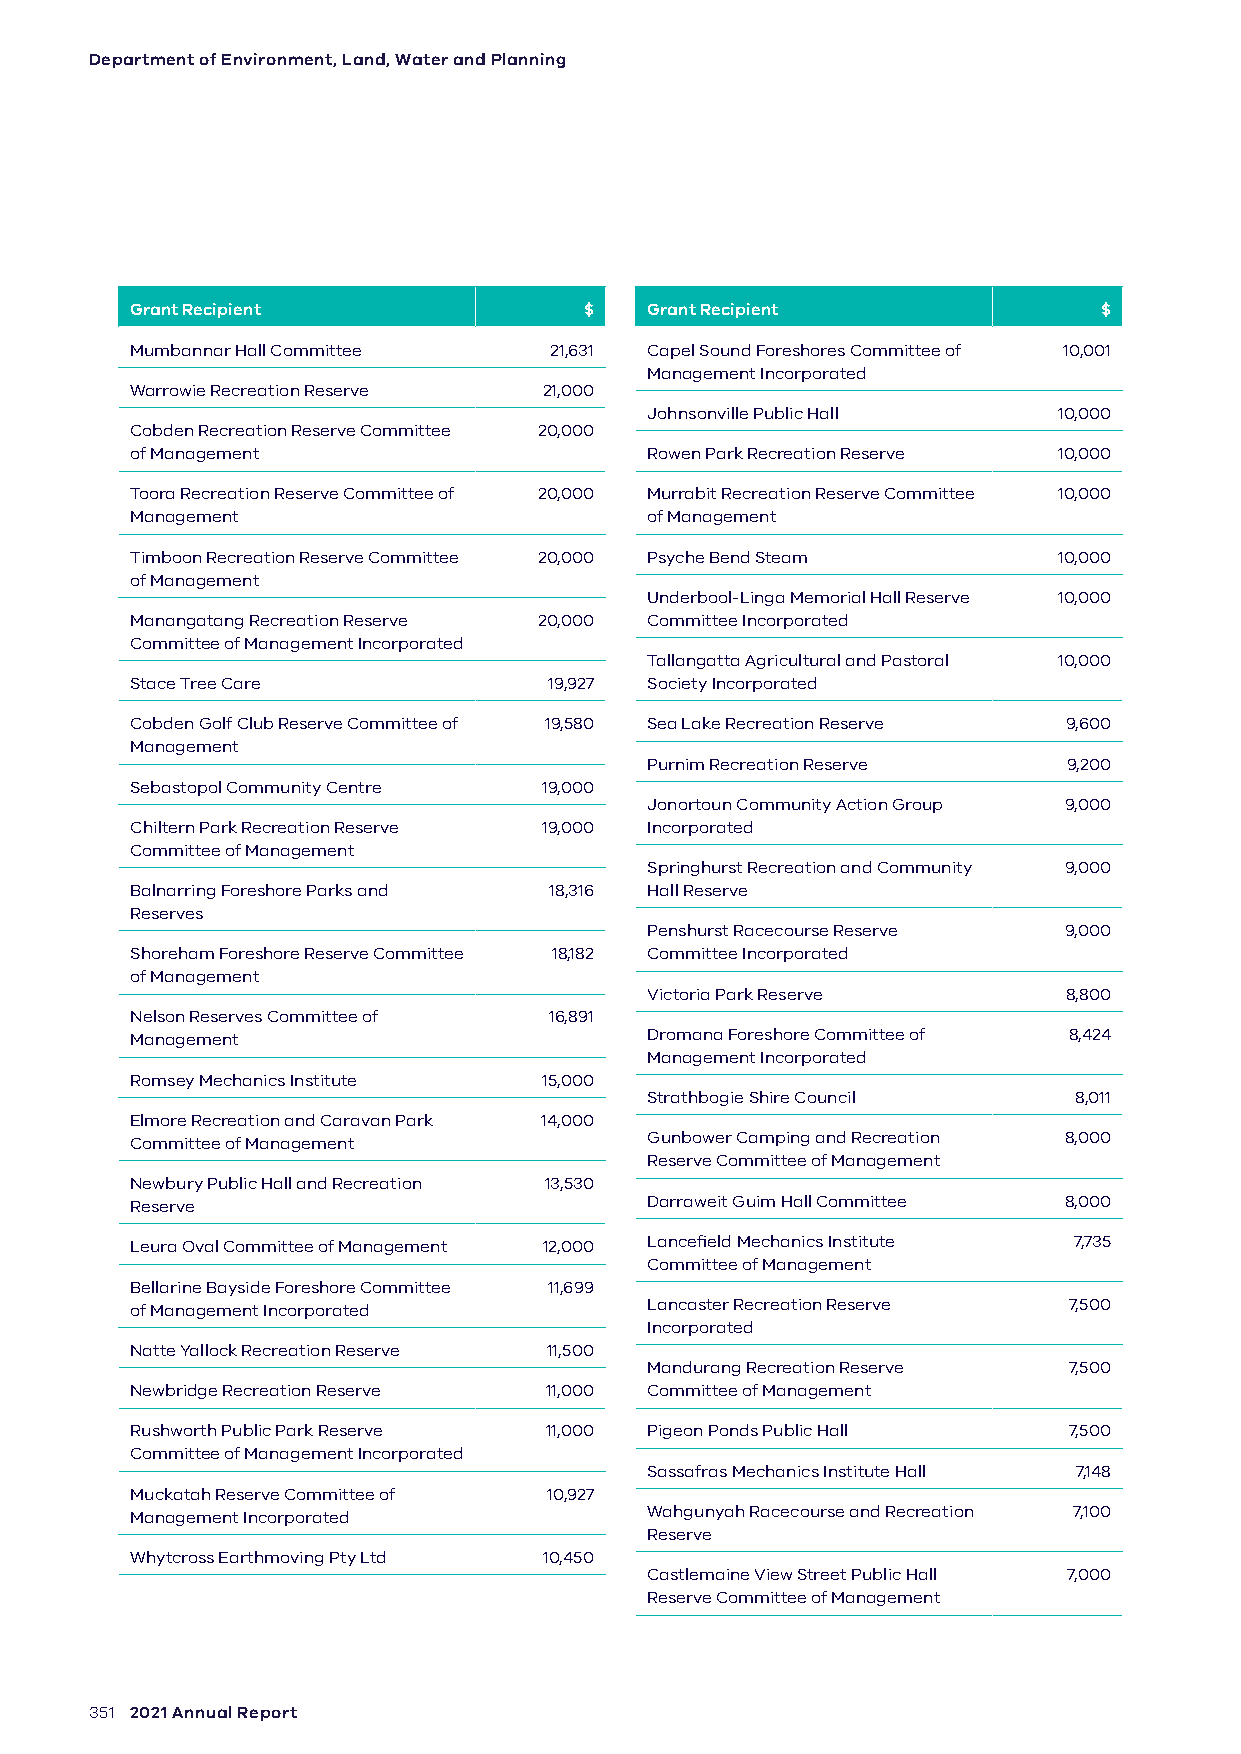
Department of Environment, Land, Water and Planning
 Grant Recipient               $   Grant Recipient               $
 Mumbannar Hall Committee   21,631 Capel Sound Foreshores Committee of 10,001
 Management Incorporated
 Warrowie Recreation Reserve 21,000
 Johnsonville Public Hall   10,000
 Cobden Recreation Reserve Committee 20,000
 of Management                     Rowen Park Recreation Reserve 10,000
 Toora Recreation Reserve Committee of 20,000 Murrabit Recreation Reserve Committee 10,000
 Management                        of Management
 Timboon Recreation Reserve Committee 20,000 Psyche Bend Steam 10,000
 of Management
 Underbool-Linga Memorial Hall Reserve 10,000
 Manangatang Recreation Reserve 20,000 Committee Incorporated
 Committee of Management Incorporated
 Tallangatta Agricultural and Pastoral 10,000
 Stace Tree Care            19,927 Society Incorporated
 Cobden Golf Club Reserve Committee of 19,580 Sea Lake Recreation Reserve 9,600
 Management
 Purnim Recreation Reserve   9,200
 Sebastopol Community Centre 19,000
 Jonortoun Community Action Group 9,000
 Chiltern Park Recreation Reserve 19,000 Incorporated
 Committee of Management
 Springhurst Recreation and Community 9,000
 Balnarring Foreshore Parks and 18,316 Hall Reserve
 Reserves
 Penshurst Racecourse Reserve 9,000
 Shoreham Foreshore Reserve Committee 18,182 Committee Incorporated
 of Management
 Victoria Park Reserve       8,800
 Nelson Reserves Committee of 16,891
 Management                        Dromana Foreshore Committee of 8,424
 Management Incorporated
 Romsey Mechanics Institute 15,000
 Strathbogie Shire Council   8,011
 Elmore Recreation and Caravan Park 14,000
 Committee of Management           Gunbower Camping and Recreation 8,000
 Reserve Committee of Management
 Newbury Public Hall and Recreation 13,530
 Reserve                           Darraweit Guim Hall Committee 8,000
 Leura Oval Committee of Management 12,000 Lancefield Mechanics Institute 7,735
 Committee of Management
 Bellarine Bayside Foreshore Committee 11,699
 of Management Incorporated        Lancaster Recreation Reserve 7,500
 Incorporated
 Natte Yallock Recreation Reserve 11,500
 Mandurang Recreation Reserve 7,500
 Newbridge Recreation Reserve 11,000 Committee of Management
 Rushworth Public Park Reserve 11,000 Pigeon Ponds Public Hall 7,500
 Committee of Management Incorporated
 Sassafras Mechanics Institute Hall 7,148
 Muckatah Reserve Committee of 10,927
 Management Incorporated           Wahgunyah Racecourse and Recreation 7,100
 Reserve
 Whytcross Earthmoving Pty Ltd 10,450
 Castlemaine View Street Public Hall 7,000
 Reserve Committee of Management
 351 2021 Annual Report